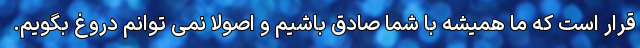
قرار است که ما همیشه با شما صادق باشیم و اصولا نمی توانم دروغ بگویم.